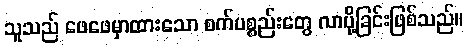
သူသည် ဖေဖေမှာထားသော စက်ပစ္စည်းတွေ လာပို့ခြင်းဖြစ်သည်။